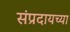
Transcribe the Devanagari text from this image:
संप्रदायच्या